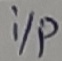
Text: i/P